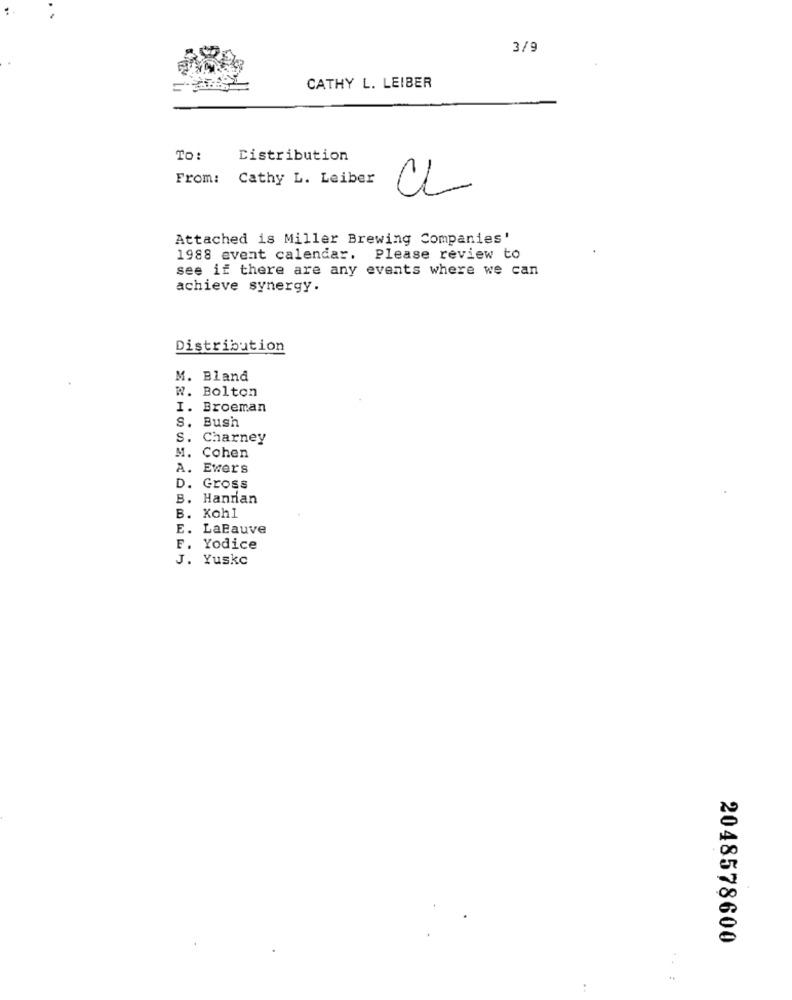
3/9
CATHY L. LEIBER
To:
Distribution
From: Cathy L. Leiber
CL
Attached is Miller Brewing Companies'
1988 event calendar. Please review to
see if there are any events where we can
achieve synergy.
Distribution
M. Bland
w. Bolton
I. Broeman
S. Bush
S. Charney
M. Cohen
A. Ewers
Gross
B. Hannan
B. Kohl
E. LaBauve
F. Yodice
J. Yuske
2048578600
..
: